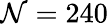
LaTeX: \mathcal{N}=240